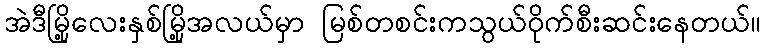
အဲဒီမြို့လေးနှစ်မြို့အလယ်မှာ မြစ်တစင်းကသွယ်ဝိုက်စီးဆင်းနေတယ်။